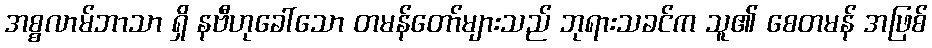
အစ္စလာမ်ဘာသာ ရှိ နဗီဟုခေါ်သော တမန်တော်များသည် ဘုရားသခင်က သူ၏ စေတမန် အဖြစ်